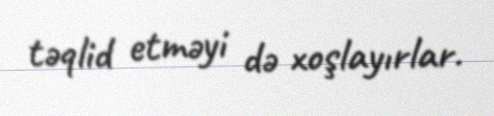
təqlid etməyi də xoşlayırlar.